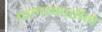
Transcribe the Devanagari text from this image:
कलाकारीने